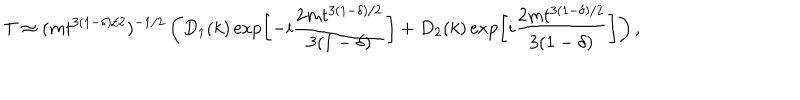
T \approx ( m t ^ { 3 ( 1 - \delta ) / 2 } ) ^ { - 1 / 2 } \left( D _ { 1 } ( k ) \exp \left[ - i \frac { 2 m t ^ { 3 ( 1 - \delta ) / 2 } } { 3 ( 1 - \delta ) } \right] + D _ { 2 } ( k ) \exp \left[ i \frac { 2 m t ^ { 3 ( 1 - \delta ) / 2 } } { 3 ( 1 - \delta ) } \right] \right) ,